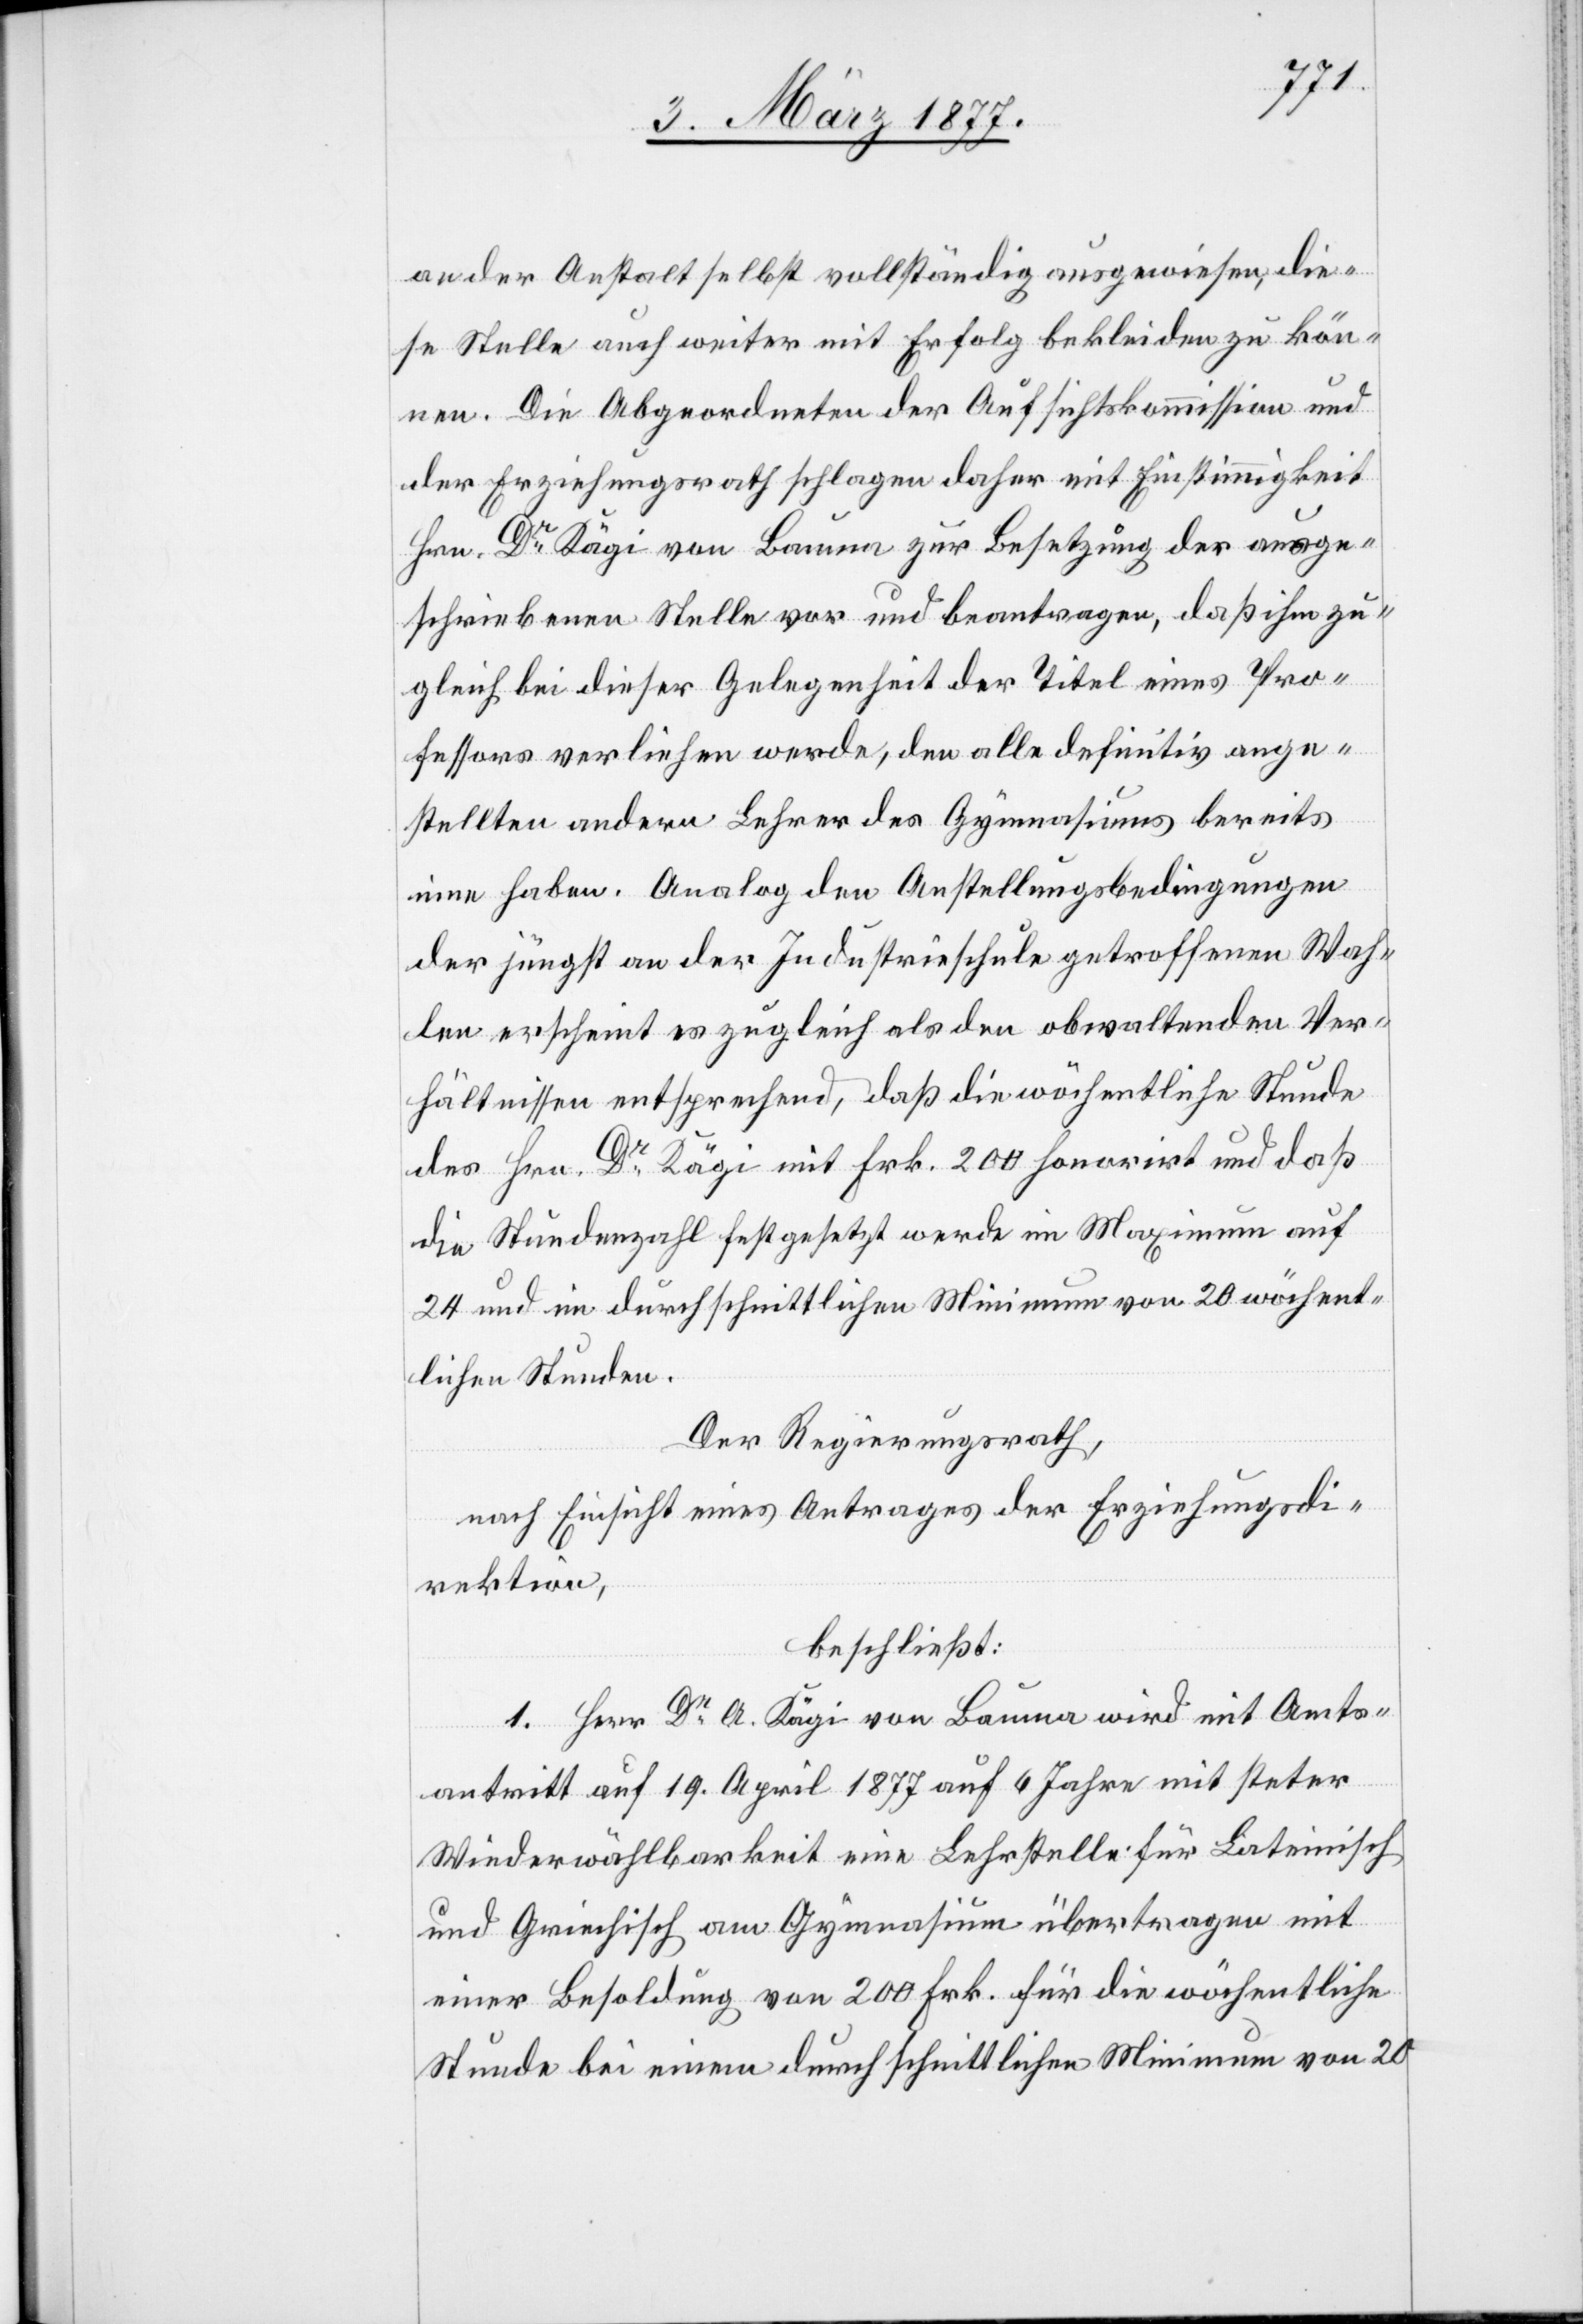
an der Anstalt selbst vollständig ausgewiesen, die¬
se Stelle auch weiter mit Erfolg bekleiden zu kön¬
nen. Die Abgeordneten der Aufsichtskommission und
der Erziehungsrath schlagen daher mit Einstimmigkeit
Hrn. Dr Kägi von Bauma zur Besetzung der ausge¬
schriebenen Stelle vor und beantragen, daß ihm zu¬
gleich bei dieser Gelegenheit der Titel eines Pro¬
fessors verliehen werde, den alle definitiv ange¬
stellten andern Lehrer des Gymnasiums bereits
inne haben. Analog den Anstellungsbedingungen
der jüngst an der Industrieschule getroffenen Wah¬
len erscheint es zugleich als den obwaltenden Ver¬
hältnissen entsprechend, daß die wöchentliche Stunde
des Hrn. Dr Kägi mit Frk. 200 honorirt und daß
die Stundenzahl festgesetzt werde im Maximum auf
24 und im durchschnittlichen Minimum von 20 wöchent¬
lichen Stunden.
Der Regierungsrath,
nach Einsicht eines Antrages der Erziehungsdi¬
rektion,
beschließt:
1. Herr Dr A. Kägi von Bauma wird mit Amts¬
antritt auf 19. April 1877 auf 6 Jahre mit steter
Wiederwählbarkeit eine Lehrstelle für Lateinisch
einer Besoldung von 200 Frk. für die wöchentliche
Stunde bei einem durchschnittlichen Minimum von 20